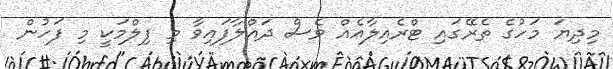
މިދިޔަ މަހުގެ ތެރޭގައި ޓްރެއިލާއެއް ވެސް ދައްލާފައިވާ މި ފިލްމަކީ މި ފަހުން